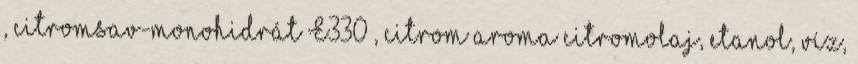
, citromsav-monohidrát E330 , citrom aroma citromolaj, etanol, víz,